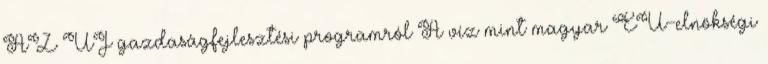
AZ ÚJ gazdaságfejlesztési programról A víz mint magyar EU-elnökségi